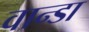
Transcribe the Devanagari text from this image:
वान्डा